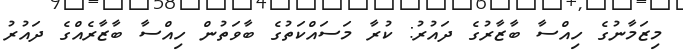
މިޒަމާނުގެ ހިއްސާ ބާޒާރުގެ ދައުރު: ކުރާ މަސައްކަތުގެ ބާވަތުން ހިއްސާ ބާޒާރެއްގެ ދައުރު